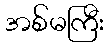
အစ်မကြီး